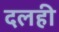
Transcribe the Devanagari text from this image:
दलही